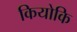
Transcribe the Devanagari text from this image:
कियोकि